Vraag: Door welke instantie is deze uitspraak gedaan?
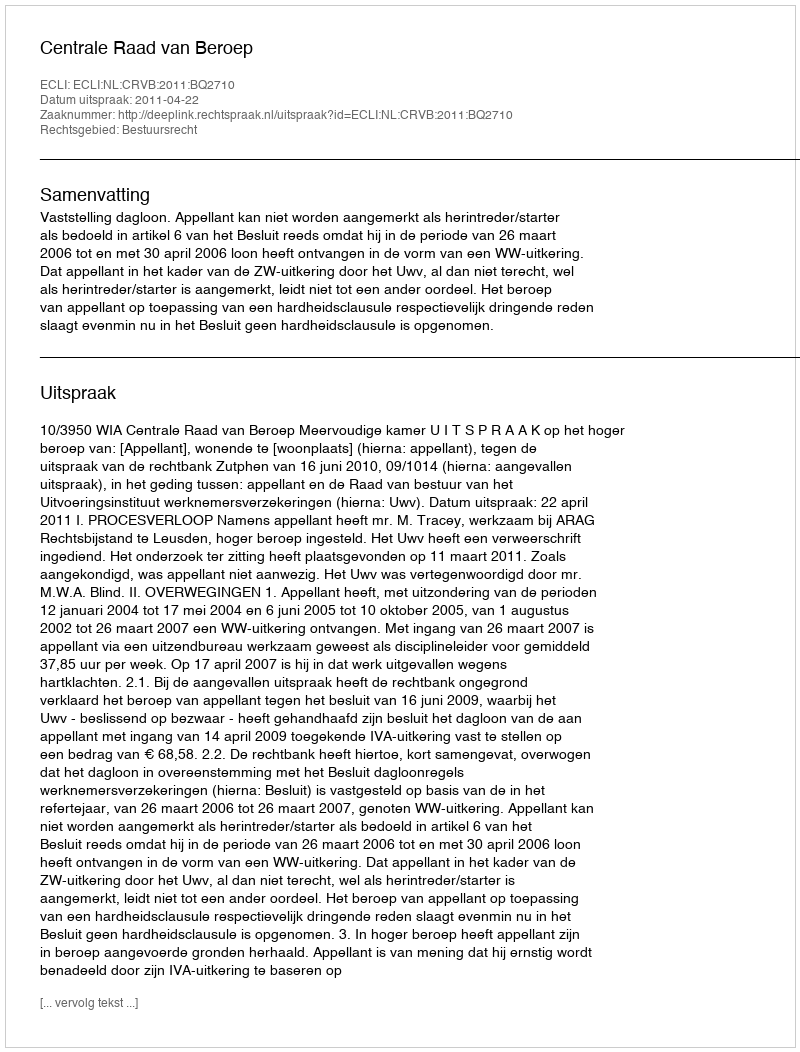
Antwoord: Centrale Raad van Beroep